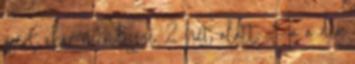
zsírt akár mindössze 2 hét alatt. Ha a dió